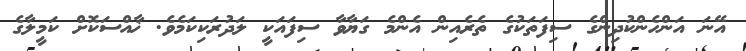
އޭނަ އަންހެންކުދިންގެ ސިފަތަކުގެ ތެރެއިން އެންމެ ގަޔާވާ ސިފައަކީ ލަދުރަކިކަމެވެ. ޚާއްސަކޮށް ކަމީލާގެ